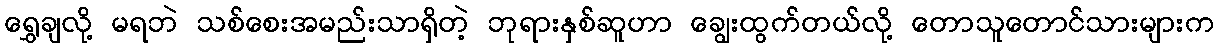
ရွှေချလို့ မရဘဲ သစ်စေးအမည်းသာရှိတဲ့ ဘုရားနှစ်ဆူဟာ ချွေးထွက်တယ်လို့ တောသူတောင်သားများက